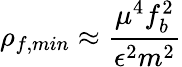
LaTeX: \rho_{f,min}\approx{\frac{\mu^{4}f_{b}^{2}}{\epsilon^{2}m^{2}}}